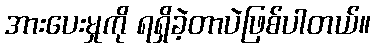
အားပေးမှုကို ရရှိခဲ့တာပဲဖြစ်ပါတယ်။